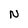
Character: N